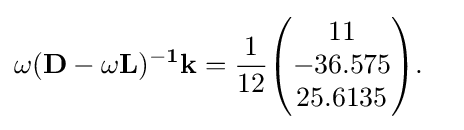
{\begin{aligned}&\mathbf {\omega (D-\omega L)^{-1}k} ={\frac {1}{12}}{\begin{pmatrix}11\\-36.575\\25.6135\end{pmatrix}}.\end{aligned}}